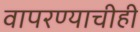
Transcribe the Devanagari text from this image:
वापरण्याचीही